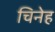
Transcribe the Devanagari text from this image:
चिनेह